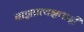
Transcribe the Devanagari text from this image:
बाह्यप्रत्यक्षवादी